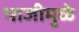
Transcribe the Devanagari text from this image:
भाजीमुळे